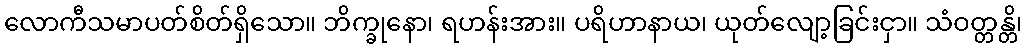
လောကီသမာပတ်စိတ်ရှိသော။ ဘိက္ခုနော၊ ရဟန်းအား။ ပရိဟာနာယ၊ ယုတ်လျော့ခြင်းငှာ။ သံဝတ္တန္တိ၊